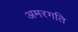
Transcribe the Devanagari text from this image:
अमरगति